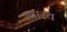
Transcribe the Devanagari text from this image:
स्‍वास्थ